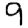
Digit: 9